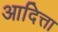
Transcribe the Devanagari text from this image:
आदित्ता